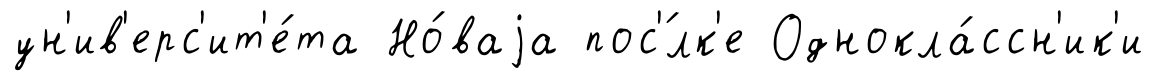
ун'ив'ерс'ит'е́та Но́ваjа пос'́лк'е Однокла́ссн'ик'и